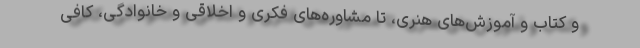
و کتاب و آموزش‌های هنری، تا مشاوره‌های فکری و اخلاقی و خانوادگی، کافی